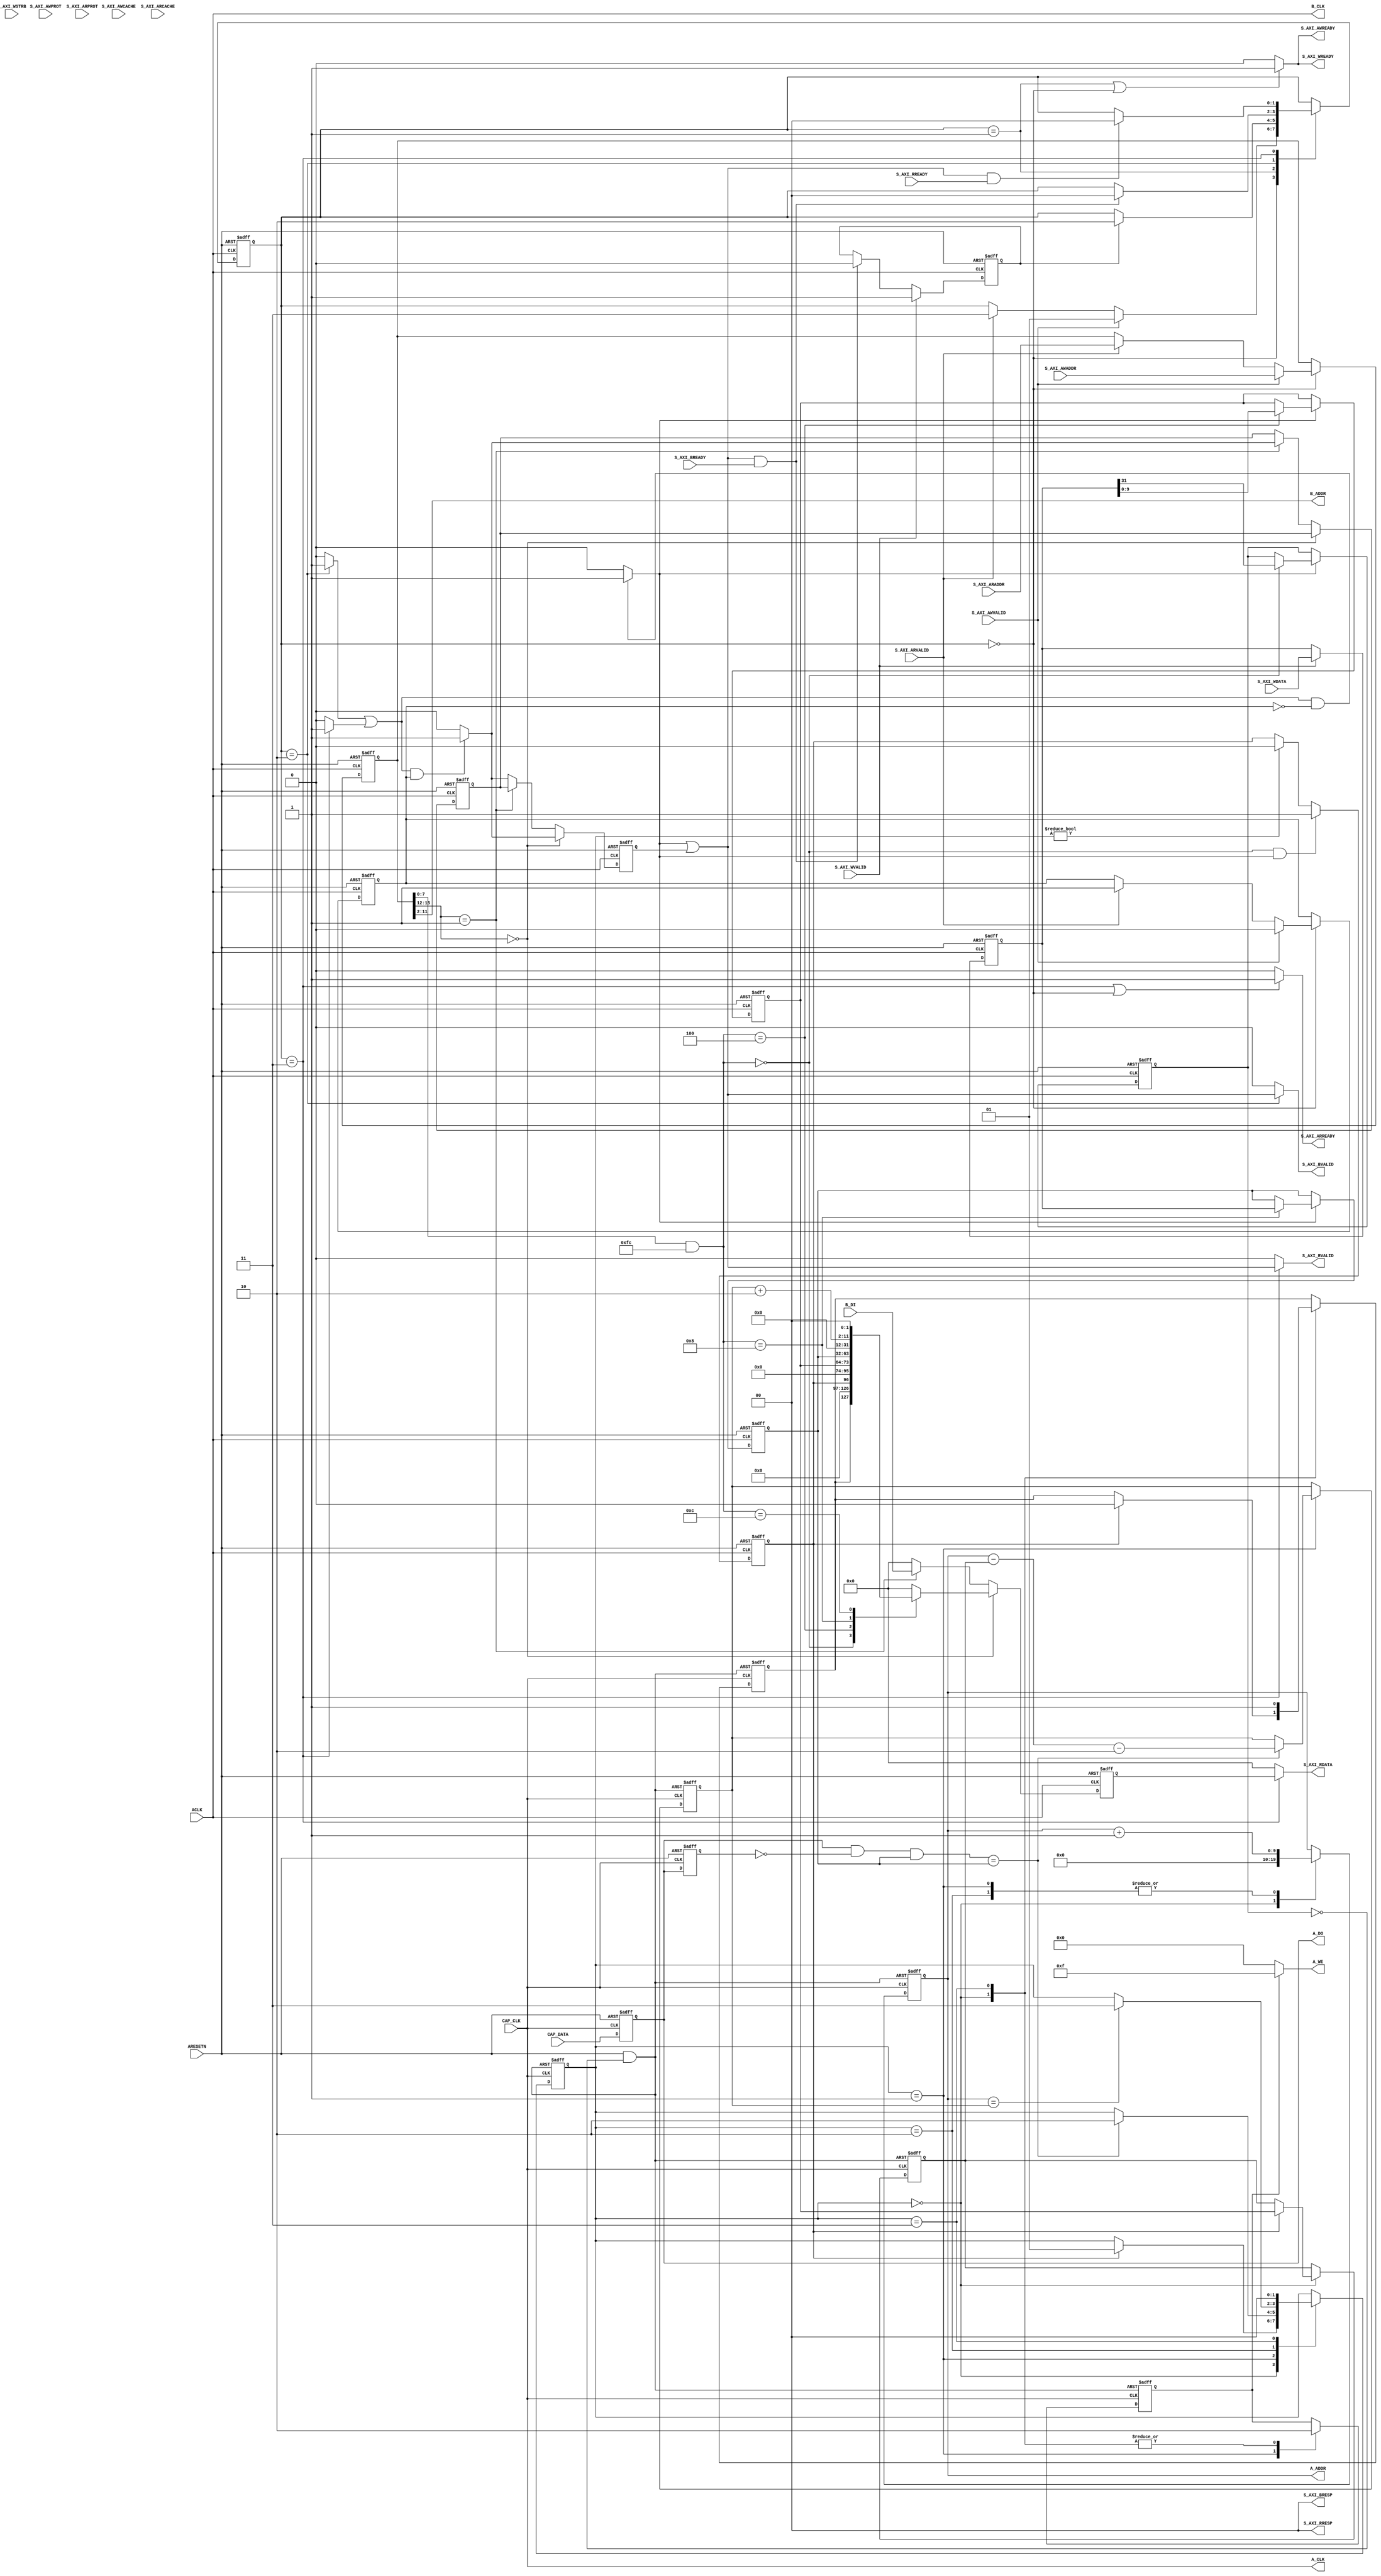
module aq_sigcap_ctl
(
  // AXI4 Lite Interface
  input         ARESETN,
  input         ACLK,

  // Write Address Channel
  input [31:0]  S_AXI_AWADDR,
  input [3:0]   S_AXI_AWCACHE,
  input [2:0]   S_AXI_AWPROT,
  input         S_AXI_AWVALID,
  output        S_AXI_AWREADY,

  // Write Data Channel
  input [31:0]  S_AXI_WDATA,
  input [3:0]   S_AXI_WSTRB,
  input         S_AXI_WVALID,
  output        S_AXI_WREADY,

  // Write Response Channel
  output        S_AXI_BVALID,
  input         S_AXI_BREADY,
  output [1:0]  S_AXI_BRESP,

  // Read Address Channel
  input [31:0]  S_AXI_ARADDR,
  input [3:0]   S_AXI_ARCACHE,
  input [2:0]   S_AXI_ARPROT,
  input         S_AXI_ARVALID,
  output        S_AXI_ARREADY,

  // Read Data Channel
  output [31:0] S_AXI_RDATA,
  output [1:0]  S_AXI_RRESP,
  output        S_AXI_RVALID,
  input         S_AXI_RREADY,

  // Local Interface
   input        CAP_CLK,
   input [31:0] CAP_DATA,

   output         A_CLK,
   output [9:0]   A_ADDR,
   output [3:0]   A_WE,
   output [31:0]  A_DO,

   output         B_CLK,
   output [9:0]   B_ADDR,
   input [31:0]   B_DI
);

/*
  CACHE[3:0]
    WA RA C  B
    0  0  0  0 Noncacheable and nonbufferable
    0  0  0  1 Bufferable only
    0  0  1  0 Cacheable, but do not allocate
   *0  0  1  1 Cacheable and Bufferable, but do not allocate
    0  1  1  0 Cacheable write-through, allocate on reads only
    0  1  1  1 Cacheable write-back, allocate on reads only
    1  0  1  0 Cacheable write-through, allocate on write only
    1  0  1  1 Cacheable write-back, allocate on writes only
    1  1  1  0 Cacheable write-through, allocate on both reads and writes
    1  1  1  1 Cacheable write-back, allocate on both reads and writes

  PROR[2:0]
    [2]:0:Data Access(*)
        1:Instruction Access
    [1]:0:Secure Access(*)
        1:NoSecure Access
    [0]:0:Privileged Access(*)
        1:Normal Access

  RESP[1:0]
    00: OK
    01: EXOK
    10: SLVERR
    11: DECERR
*/

  localparam S_IDLE   = 2'd0;
  localparam S_WRITE  = 2'd1;
  localparam S_WRITE2 = 2'd2;
  localparam S_READ   = 2'd3;

  reg [1:0]     state;
  reg           reg_rnw;
  reg [31:0]    reg_addr, reg_wdata;
  reg [3:0]     reg_be;
  reg           reg_wallready;

  wire          local_cs, local_rnw, local_ack;
  wire [3:0]    local_be;
  wire [31:0]   local_addr, local_wdata, local_rdata;

  always @( posedge ACLK or negedge ARESETN ) begin
    if( !ARESETN ) begin
      state         <= S_IDLE;
      reg_rnw       <= 1'b0;
      reg_addr      <= 32'd0;
      reg_wdata     <= 32'd0;
      reg_be        <= 4'd0;
      reg_wallready <= 1'b0;
    end else begin
      // Receive wdata
      if( S_AXI_WVALID ) begin
        reg_wdata     <= S_AXI_WDATA;
        reg_be        <= S_AXI_WSTRB;
        reg_wallready <= 1'b1;
      end else if( local_ack & S_AXI_BREADY ) begin
        reg_wallready <= 1'b0;
      end

      // Address state
      case( state )
        S_IDLE: begin
          if( S_AXI_AWVALID ) begin
            reg_rnw   <= 1'b0;
            reg_addr  <= S_AXI_AWADDR;
            state     <= S_WRITE;
          end else if( S_AXI_ARVALID ) begin
            reg_rnw   <= 1'b1;
            reg_addr  <= S_AXI_ARADDR;
            state     <= S_READ;
          end
        end
        S_WRITE: begin
          if( reg_wallready ) begin
            state     <= S_WRITE2;
          end
        end
        S_WRITE2: begin
          if( local_ack & S_AXI_BREADY ) begin
            state     <= S_IDLE;
          end
        end
        S_READ: begin
          if( local_ack & S_AXI_RREADY ) begin
            state     <= S_IDLE;
          end
        end
        default: state <= S_IDLE;
      endcase
    end
  end

  // Write Channel
  assign S_AXI_AWREADY  = ( state == S_WRITE || state == S_IDLE )?1'b1:1'b0;
  assign S_AXI_WREADY   = ( state == S_WRITE || state == S_IDLE )?1'b1:1'b0;
  assign S_AXI_BVALID   = ( state == S_WRITE2 )?local_ack:1'b0;
  assign S_AXI_BRESP    = 2'b00;

  // Read Channel
  assign S_AXI_ARREADY  = ( state == S_READ  || state == S_IDLE )?1'b1:1'b0;
  assign S_AXI_RVALID   = ( state == S_READ )?local_ack:1'b0;
  assign S_AXI_RRESP    = 2'b00;
  assign S_AXI_RDATA    = ( state == S_READ )?local_rdata:32'd0;

  // Local Interface
  wire          wr_ena, rd_ena, wr_ack;
  reg           rd_ack;
  reg [31:0]    reg_rdata;

  assign local_cs           = (( state == S_WRITE2 )?1'b1:1'b0) | (( state == S_READ )?1'b1:1'b0) | 1'b0;
  assign local_rnw          = reg_rnw;
  assign local_addr[31:0]   = reg_addr[31:0];
  assign local_be[3:0]      = reg_be[3:0];
  assign local_wdata[31:0]  = reg_wdata[31:0];
  assign local_ack          = wr_ack | rd_ack;
  assign local_rdata[31:0]  = reg_rdata[31:0];

  assign wr_ena = (local_cs & ~local_rnw)?1'b1:1'b0;
  assign rd_ena = (local_cs &  local_rnw)?1'b1:1'b0;
  assign wr_ack = wr_ena;

  localparam A_CTL      = 8'h00;
  localparam A_DP       = 8'h04;
  localparam A_TRIGER   = 8'h08;
  localparam A_POINTER  = 8'h0C;

  reg [9:0]   reg_dp;
  reg         req_start, reg_finish;
  reg [31:0]  reg_triger;
  reg         reg_rst;

  always @(posedge ACLK or negedge ARESETN) begin
    if(!ARESETN) begin
     req_start <= 1'b0;
     reg_triger[31:0] <= 32'd0;
     reg_dp[9:0] <= 10'd0;
     reg_rst <= 1'b0;
    end else begin
      if(wr_ena) begin
        case(local_addr[7:0] & 8'hFC)
          A_CTL:
            begin
              reg_rst <= local_wdata[31];
            end
          A_DP:
            begin
              reg_dp[9:0] <= local_wdata[9:0];
            end
          A_TRIGER:
            begin
              reg_triger[31:0] <= local_wdata[31:0];
          end
          default:
            begin
            end
        endcase
      end

      if(cap_state != S_IDLE) begin
        req_start <= 1'b0;
      end if(((local_addr[7:0] & 8'hFC) == A_CTL) & wr_ena) begin
        req_start <= 1'b1;
      end
    end
  end

  reg rd_ack_d;
  wire [9:0] wire_sp;

  always @(posedge ACLK or negedge ARESETN) begin
    if(!ARESETN) begin
      rd_ack <= 1'b0;
      rd_ack_d <= 1'b0;
      reg_rdata[31:0] <= 32'd0;
    end else begin
      if(local_addr[15:12] == 4'd0) begin
        rd_ack <= rd_ena;
        case(local_addr[7:0] & 8'hFC)
          A_CTL:      reg_rdata[31:0] <= {reg_finish, 30'd0, req_start};
          A_DP:       reg_rdata[31:0] <= {22'd0, reg_dp[9:0]};
          A_TRIGER:   reg_rdata[31:0] <= reg_triger[31:0];
          A_POINTER:  reg_rdata[31:0] <= {20'd0, wire_sp[9:0], 2'd0};
          default:    reg_rdata[31:0] <= 32'd0;
        endcase
      end else if(local_addr[15:12] == 4'd1) begin
        rd_ack_d        <= rd_ena;
        rd_ack          <= rd_ack_d;
        reg_rdata[31:0] <= B_DI[31:0];
      end else begin
        rd_ack <= rd_ena;
        reg_rdata[31:0] <= 32'd0;
      end
    end
  end

  assign B_ADDR[9:0] = local_addr[11:2];

  //
  reg [1:0] cap_state;
  reg [9:0] cap_cp, cap_sp, cap_dp;
  reg       cap_ena;

  reg [31:0] cap_data_d1, cap_data_d2;

  localparam SS_IDLE = 2'd0;
  localparam SS_WAIT = 2'd1;
  localparam SS_RUN  = 2'd2;
  localparam SS_FIN  = 2'd3;

  assign wire_sp[9:0] = cap_sp[9:0] + 10'd2;

  wire     wire_ARESETN;
  assign wire_ARESETN = ARESETN & ~reg_rst;

  always @(posedge CAP_CLK or negedge wire_ARESETN) begin
    if(!wire_ARESETN) begin
      cap_state <= SS_IDLE;
      cap_cp[9:0] <= 10'd0;
      cap_sp[9:0] <= 10'd0;
      cap_dp[9:0] <= 10'd0;
      cap_ena     <= 1'b0;
      reg_finish <= 1'b0;
    end else begin
      case(cap_state)
        SS_IDLE:
          begin
            if(req_start) begin
              cap_state <= SS_WAIT;
              cap_dp[9:0]      <= reg_dp[9:0];
              reg_finish <= 1'b0;
            end
            cap_cp[9:0] <= 10'd0;
            cap_ena <= 1'b0;
          end
        SS_WAIT:
          begin
            if((((cap_data_d1[31:0] & ~cap_data_d2[31:0]) & reg_triger[31:0]) == reg_triger[31:0]) != 32'd0) begin
              cap_state <= SS_RUN;
              cap_sp[9:0] <= cap_cp[9:0] - cap_dp[9:0] - 10'd2;
            end
            cap_cp[9:0] <= cap_cp[9:0] + 10'd1;
            cap_ena <= 1'b1;
          end
        SS_RUN:
          begin
            if(cap_cp[9:0] == cap_sp[9:0]) begin
              cap_state <= SS_FIN;
            end
            cap_cp[9:0] <= cap_cp[9:0] + 10'd1;
          end
        SS_FIN:
        begin
          cap_state <= SS_IDLE;
          cap_ena <= 1'b0;
          reg_finish <= 1'b1;
        end
        default:
        begin
          cap_state <= SS_IDLE;
        end
      endcase
    end
  end

  always @(posedge CAP_CLK or negedge ARESETN) begin
    if(!ARESETN) begin
      cap_data_d1[31:0] <= 32'd0;
      cap_data_d2[31:0] <= 32'd0;
    end else begin
      cap_data_d1[31:0] <= CAP_DATA;
      cap_data_d2[31:0] <= cap_data_d1[31:0];
    end
  end

  assign A_CLK       = CAP_CLK;
  assign A_ADDR[9:0] = cap_cp[9:0];
  assign A_WE[3:0]   = (cap_ena)?4'hF:4'h0;
  assign A_DO[31:0]  = cap_data_d1[31:0];

  assign B_CLK       = ACLK;

endmodule